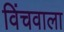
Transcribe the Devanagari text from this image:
विंचवाला